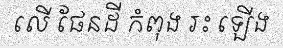
លើ ផែនដី កំពុង រះ ឡើង